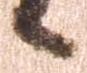
候